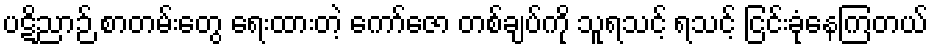
ပဋိညာဉ် စာတမ်းတွေ ရေးထားတဲ့ ကော်ဇော တစ်ချပ်ကို သူရသင့် ရသင့် ငြင်းခုံနေကြတယ်